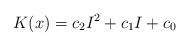
LaTeX: \begin{align*} K(x)=c_2 I^2+c_1 I+c_0\end{align*}